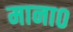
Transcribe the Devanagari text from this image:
माना०